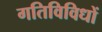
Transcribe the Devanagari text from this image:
गतिविविधों